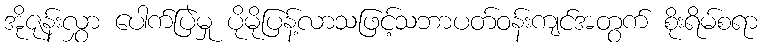
အိုဇုန်းလွှာ ပေါက်ပြဲမှု ပိုမိုပြန့်လာသဖြင့်သဘာပတ်ဝန်းကျင်အတွက် စိုးရိမ်စရာ